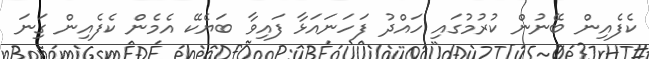
ކެފެއިން ބޭނުން ކުރުމުގައި ހައްދު ފަހަނައަޅާ ފައިވާ ބަޔެކޭ އެމެން ކެފެއިން ގިަނަ